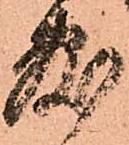
敷